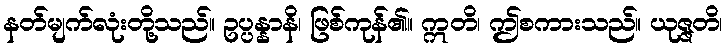
နတ်မျက်လုံးတို့သည်။ ဥပ္ပန္နာနိ၊ ဖြစ်ကုန်၏။ ဣတိ၊ ဤစကားသည်။ ယုဇ္ဇတိ၊